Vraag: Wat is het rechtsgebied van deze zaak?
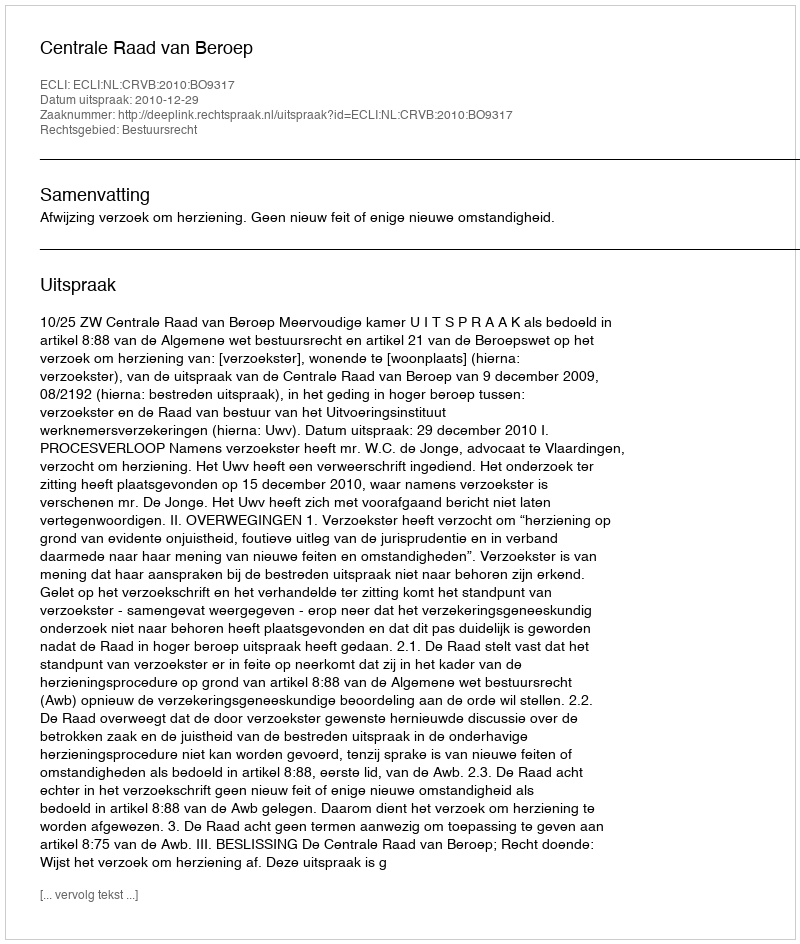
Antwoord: Bestuursrecht